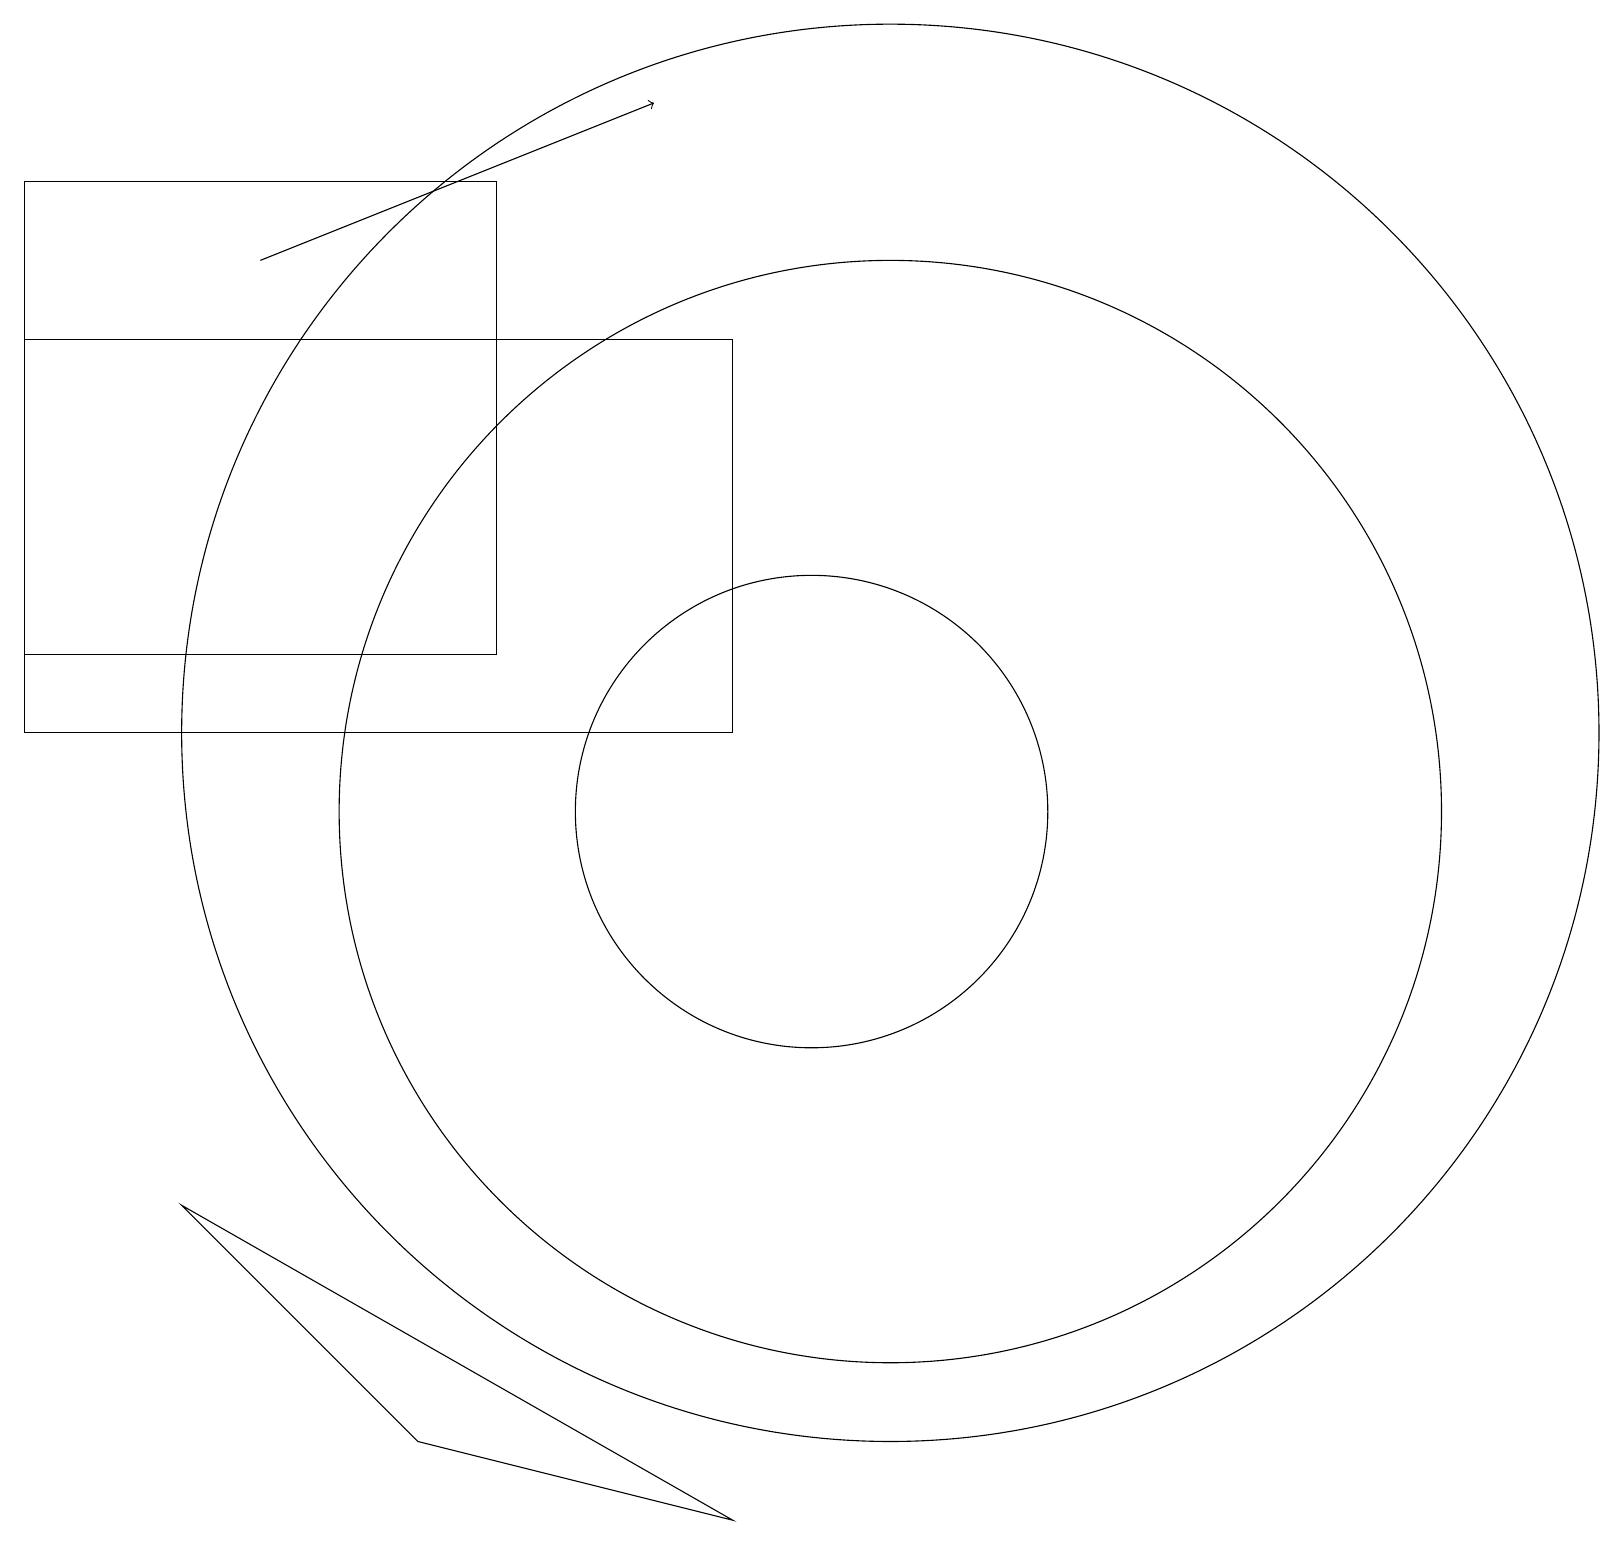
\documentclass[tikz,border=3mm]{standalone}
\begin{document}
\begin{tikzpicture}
\draw (11,11) circle (9);
\draw (6,18) rectangle (0,12);
\draw (10,10) circle (3);
\draw (9,1) -- (5,2) -- (2,5) -- cycle;
\draw[->] (3,17) -- (8,19);
\draw (11,10) circle (7);
\draw (9,11) rectangle (0,16);
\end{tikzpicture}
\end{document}